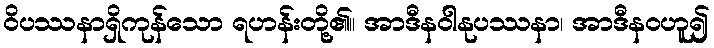
ဝိပဿနာရှိကုန်သော ရဟန်းတို့၏။ အာဒီနဝါနုပဿနာ၊ အာဒီနဝဟူ၍